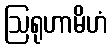
ဩရုဟာမိဟံ